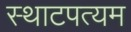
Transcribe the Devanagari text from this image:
स्थाटपत्यम